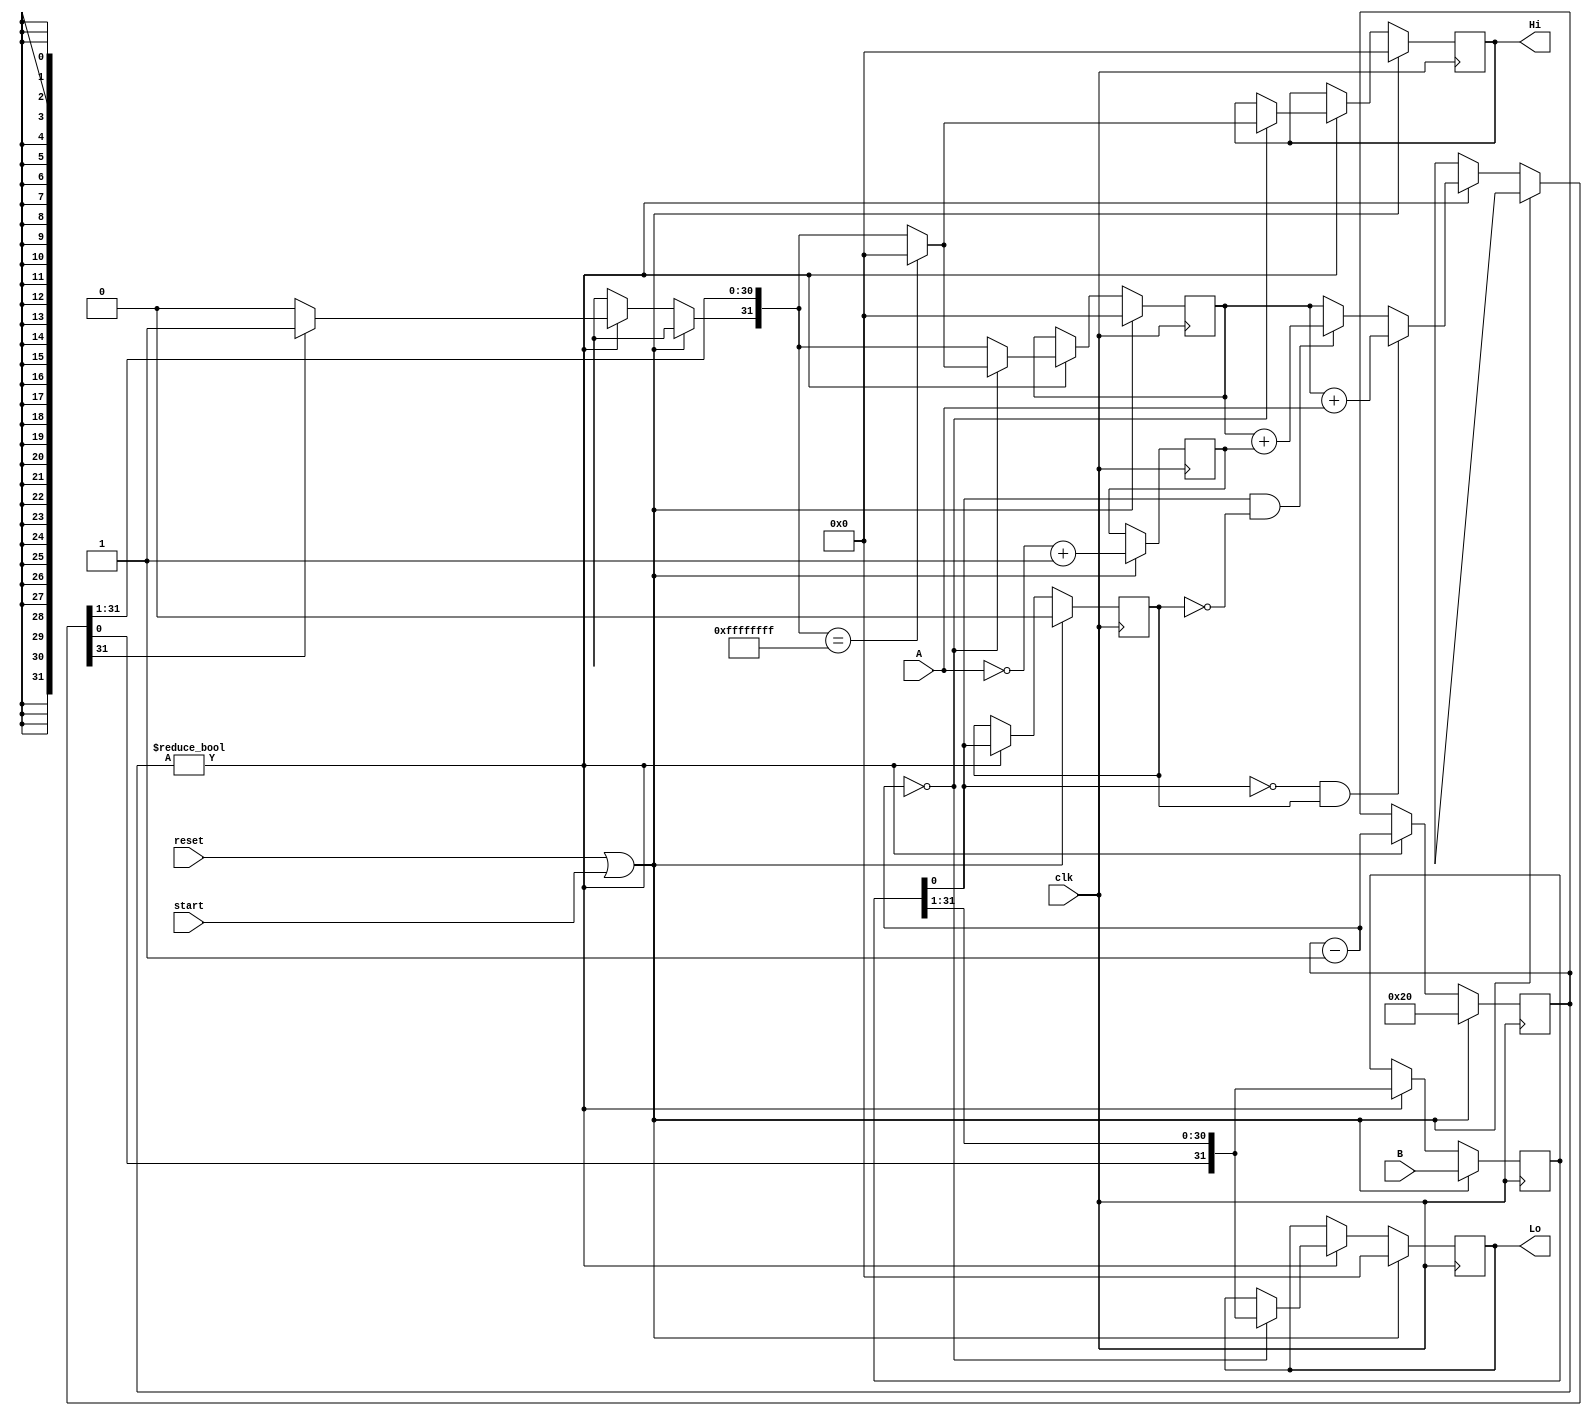
module multiplier (input wire clk, reset, start,
            input wire [31:0] A, B,
            output reg [31:0] Hi, Lo
);

  reg [31:0] Q; // multiplier
  reg [31:0] Acc; // accumulator
  reg Q_minus; // aux bit
  reg [5:0] counter;
  reg [31:0] Complemento_A;

  always @(posedge clk) begin
    
    if (reset == 1'b1 || start == 1'b1) begin
      Q = B; //Q recebe multiplicando
      Acc = 32'd0;
      Q_minus = 1'b0;
      counter = 6'd32;
      Complemento_A = ~A + 1;

      Hi = 32'd0;
      Lo = 32'd0;
      
    end else if (counter != 6'd0) begin
  
      if (Q[0] == 1'b0 && Q_minus == 1'b1) begin
        Acc = Acc + A;
        
      end
  
      else if (Q[0] == 1'b1 && Q_minus == 1'b0) begin
        Acc = Acc + Complemento_A; // complemento de A + 1
        
      end

      {Acc,Q,Q_minus} = {Acc,Q,Q_minus} >>> 1'b1;
      if (Acc[30] == 1'b1) begin // correcao do shift right
		    Acc[31] = 1'b1;
		  end
  
      counter = counter - 6'd1;

      if (counter == 6'd0) begin 
        if (Acc == 32'b11111111111111111111111111111111) begin
          Acc = 32'b00000000000000000000000000000000;
        end
         
        Hi = Acc;
        Lo = Q;
      end
    end
  end 
endmodule